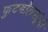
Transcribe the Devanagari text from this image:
फुटबॉलपटूंनी